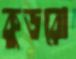
কুডরো